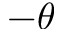
- \theta